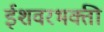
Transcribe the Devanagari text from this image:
ईशवरभक्ती